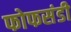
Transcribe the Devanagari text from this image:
फोफसंडी